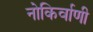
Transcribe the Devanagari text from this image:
नोकिर्वाणी